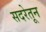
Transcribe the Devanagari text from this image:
सदरेतून